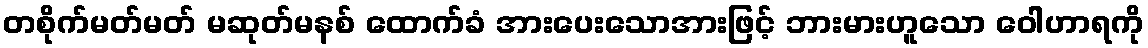
တစိုက်မတ်မတ် မဆုတ်မနစ် ထောက်ခံ အားပေးသောအားဖြင့် ဘားမားဟူသော ဝေါဟာရကို